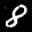
Label: 8